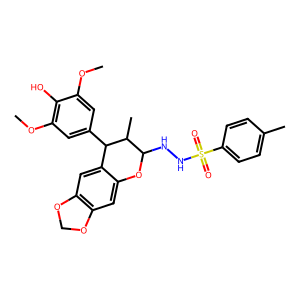
SMILES: COc1cc(C2c3cc4c(cc3OC(NNS(=O)(=O)c3ccc(C)cc3)C2C)OCO4)cc(OC)c1O
Inhibits HIV replication: No